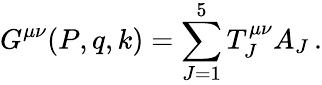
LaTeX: G^{\mu\nu}(P,q,k)=\sum_{J=1}^{5}T_{J}^{\mu\nu}A_{J}\, .